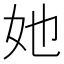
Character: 她